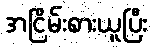
အငြိမ်းစားယူပြီး